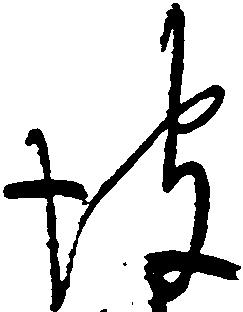
彼